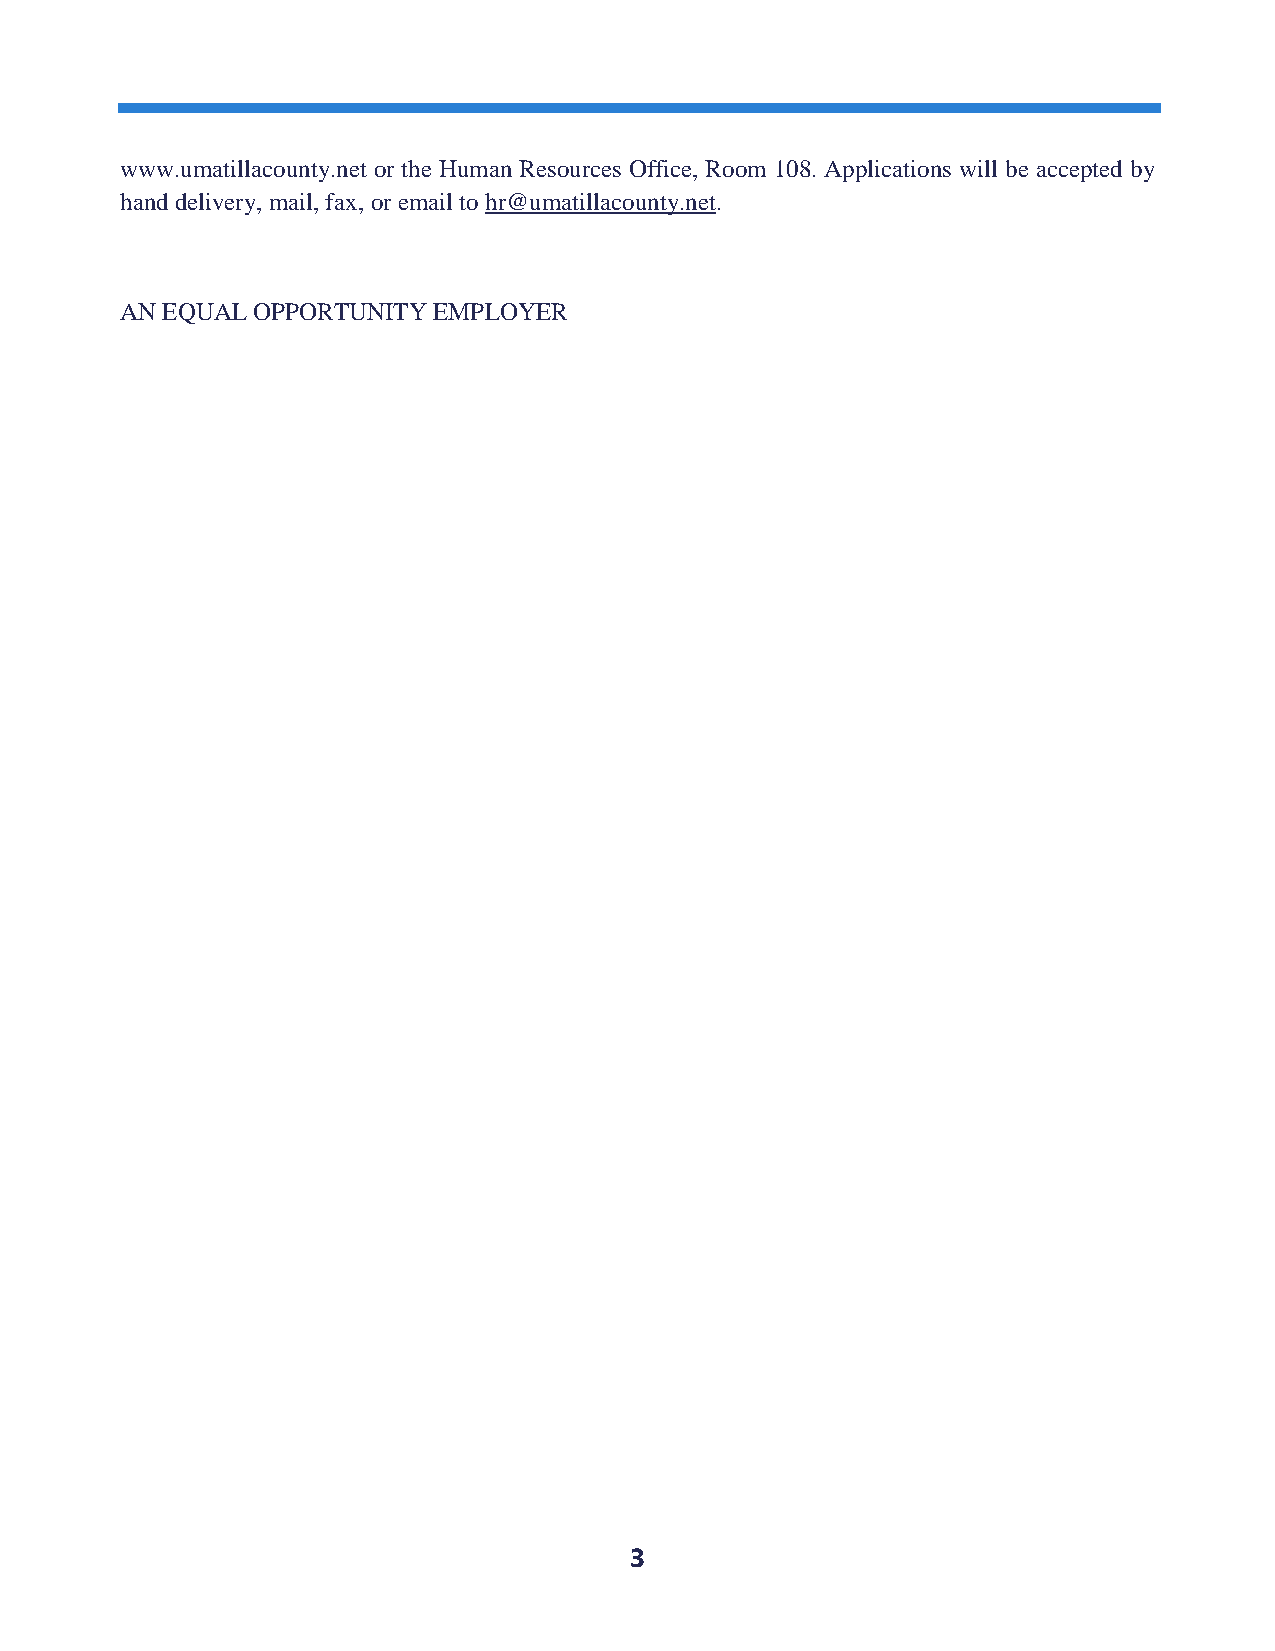
www.umatillacounty.net or the Human Resources Office, Room 108. Applications will be accepted by
 hand delivery, mail, fax, or email to hr@umatillacounty.net.
 AN EQUAL OPPORTUNITY EMPLOYER
 3